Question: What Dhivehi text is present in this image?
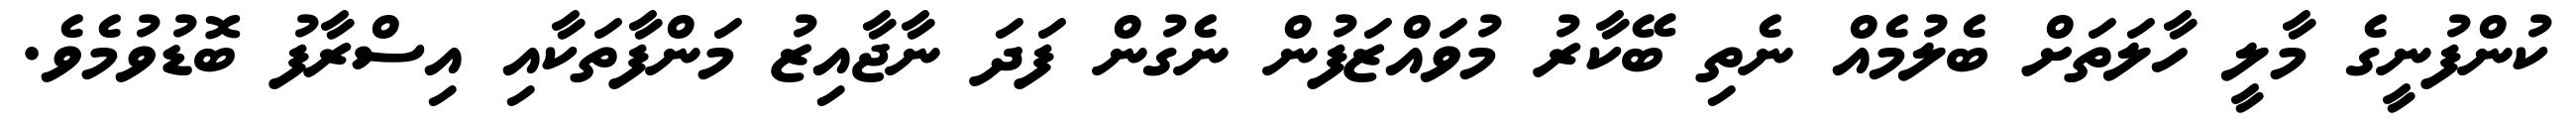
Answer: ކުންފުނީގެ މާލީ ހާލަތަށް ބެލުމެއް ނެތި ބޭކާރު މުވައްޒަފުން ނެގުން ފަދަ ނާޖާއިޒު މަންފާތަކާއި އިސްރާފު ބޮޑުވުމެވެ.